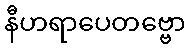
နီဟရာပေတဗ္ဗော